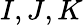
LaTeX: I,J,K